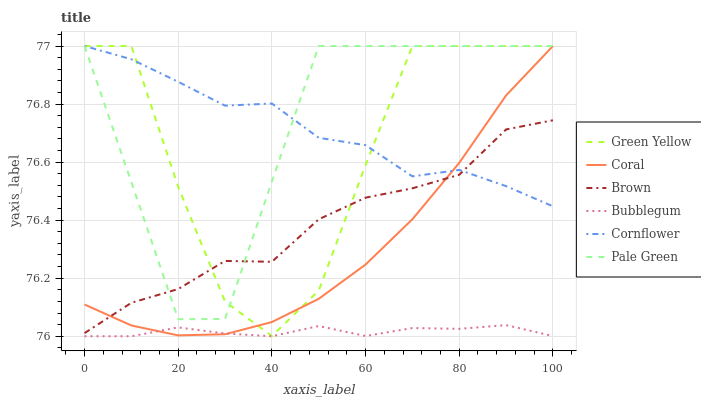
| xaxis_label | Green Yellow | Coral | Brown | Bubblegum | Cornflower | Pale Green |
 | --- | --- | --- | --- | --- | --- | --- |
 | 0 | 77 | 76.1 | 76 | 76 | 77 | 77 |
 | 10 | 77 | 76 | 76.1 | 76 | 77 | 76.5 |
 | 20 | 76.5 | 76 | 76.2 | 76 | 76.9 | 76.1 |
 | 30 | 76.1 | 76 | 76.3 | 76 | 76.8 | 76.1 |
 | 40 | 76 | 76 | 76.3 | 76 | 76.8 | 76.5 |
 | 50 | 76.2 | 76.1 | 76.4 | 76 | 76.7 | 77 |
 | 60 | 76.6 | 76.2 | 76.5 | 76 | 76.7 | 77 |
 | 70 | 77 | 76.4 | 76.5 | 76 | 76.6 | 77 |
 | 80 | 77 | 76.6 | 76.6 | 76 | 76.6 | 77 |
 | 90 | 77 | 76.8 | 76.7 | 76 | 76.5 | 77 |
 | 100 | 77 | 77 | 76.7 | 76 | 76.4 | 77 |